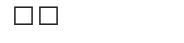
٤٥